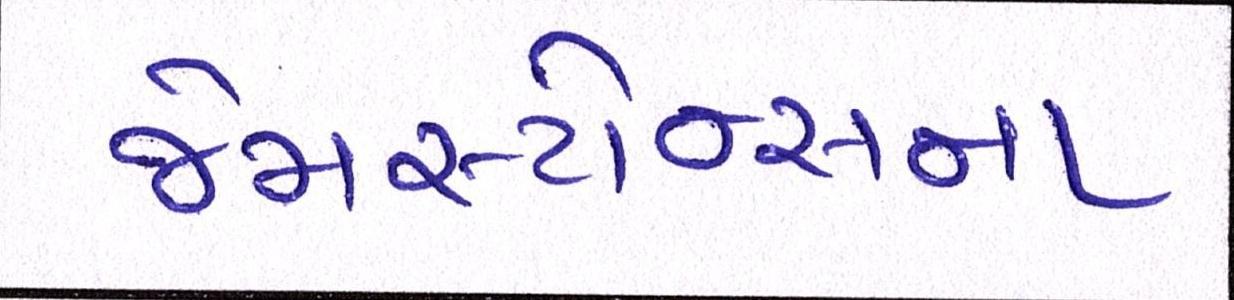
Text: જેમસ્ટોન્સના